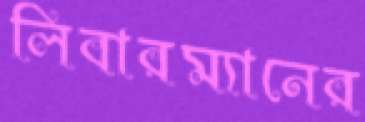
লিবারম্যানের